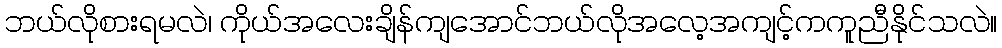
ဘယ်လိုစားရမလဲ၊ ကိုယ်အလေးချိန်ကျအောင်ဘယ်လိုအလေ့အကျင့်ကကူညီနိုင်သလဲ။